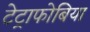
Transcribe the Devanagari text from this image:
टेट्राफोबिया